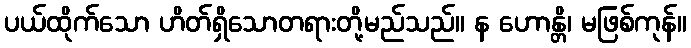
ပယ်ထိုက်သော ဟိတ်ရှိသောတရားတို့မည်သည်။ န ဟောန္တိ၊ မဖြစ်ကုန်။